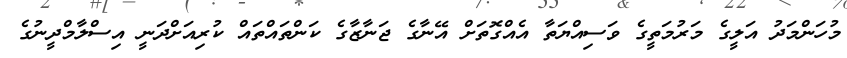
މުހަންމަދު އަލީގެ މަރުމަތީގެ ވަސިއްޔަތާ އެއްގޮތަށް އޭނާގެ ޖަނާޒާގެ ކަންތައްތައް ކުރިއަށްދަނީ އިސްލާމްދީނުގެ